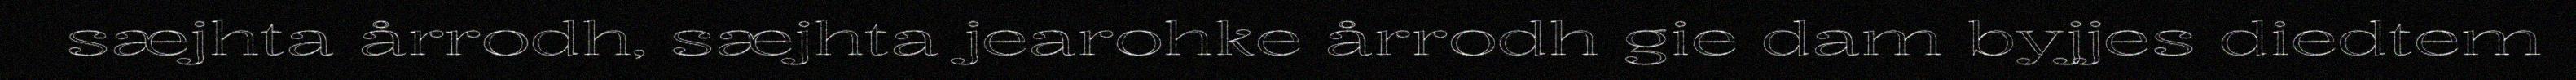
sæjhta årrodh, sæjhta jearohke årrodh gie dam byjjes diedtem